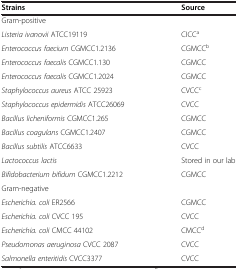
| Strains | Source |
 | --- | --- |
 | Gram-positive |  |
 | Listeria ivanovii ATCC19119 | CICCa |
 | Enterococcus faecium CGMCC1.2136 | CGMCCb |
 | Enterococcus faecalis CGMCC1.130 | CGMCC |
 | Enterococcus faecalis CGMCC1.2024 | CGMCC |
 | Staphylococcus aureus ATCC 25923 | CVCCc |
 | Staphylococcus epidermidis ATCC26069 | CVCC |
 | Bacillus licheniformis CGMCC1.265 | CGMCC |
 | Bacillus coagulans CGMCC1.2407 | CGMCC |
 | Bacillus subtilis ATCC6633 | CVCC |
 | Lactococcus lactis | Stored in our lab |
 | Bifidobacterium bifidum CGMCC1.2212 | CGMCC |
 | Gram-negative |  |
 | Escherichia. coli ER2566 | CGMCC |
 | Escherichia. coli CVCC 195 | CVCC |
 | Escherichia. coli CMCC 44102 | CMCCd |
 | Pseudomonas aeruginosa CVCC 2087 | CVCC |
 | Salmonella enteritidis CVCC3377 | CVCC |